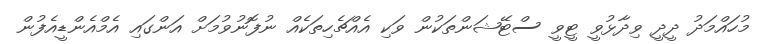
މުހައްމަދު ދީދީ ވިދާޅުވީ ޓީވީ ސްޓޭޝަންތަކުން ވަކި އެއްޗެހިތަކެއް ނުފޮނުވުމަށް އަންގައި އެމްއެންޑީއެފުން